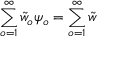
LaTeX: \sum _ { o = 1 } ^ { \infty } { \tilde { w } } _ { o } \psi _ { o } = \sum _ { o = 1 } ^ { \infty } { \tilde { w } }